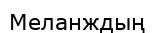
Меланждың